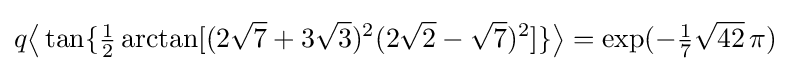
q{\bigl \langle }\tan\{{\tfrac {1}{2}}\arctan[(2{\sqrt {7}}+3{\sqrt {3}})^{2}(2{\sqrt {2}}-{\sqrt {7}})^{2}]\}{\bigr \rangle }=\exp(-{\tfrac {1}{7}}{\sqrt {42}}\,\pi )